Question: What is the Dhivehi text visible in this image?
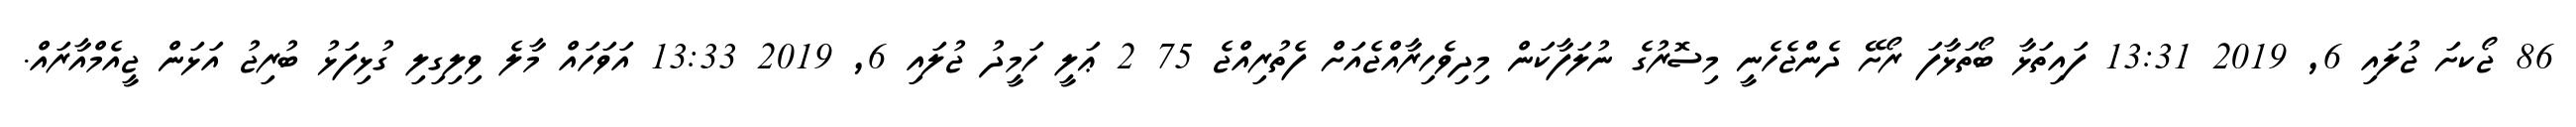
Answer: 86 ޖޯކށަ ޖުލައި 6, 2019 13:31 ފައިތަޅާ ބޯތަޅާފަ ރޯށޭ ދެންޖެހެނީ މިސޮރުގެ ނުލަފާކަން މިދިވެހިރާއްޖެއަށް ފެތުރިއްޖެ 75 2 ޢަލީ ހަމީދު ޖުލައި 6, 2019 13:33 އަވަހައް މާލެ ވިލިގިލި ގުޅިފަޅު ބުރިޖު އަޅަން ޖީއެމްއާރައް.